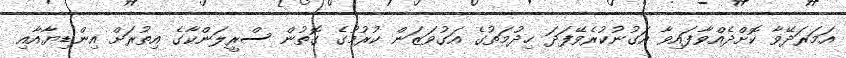
އަމަރަދޭވާ ކޮށްދެއްވާފައިވާ އަގުނުކުރެވޭފަދަ ޚިދުމަތުގެ އަގުވަޒަން ކުރުމުގެ ގޮތުން ސްރީލަންކާގެ އިތުރަށް އިންޑިޔާއާއި